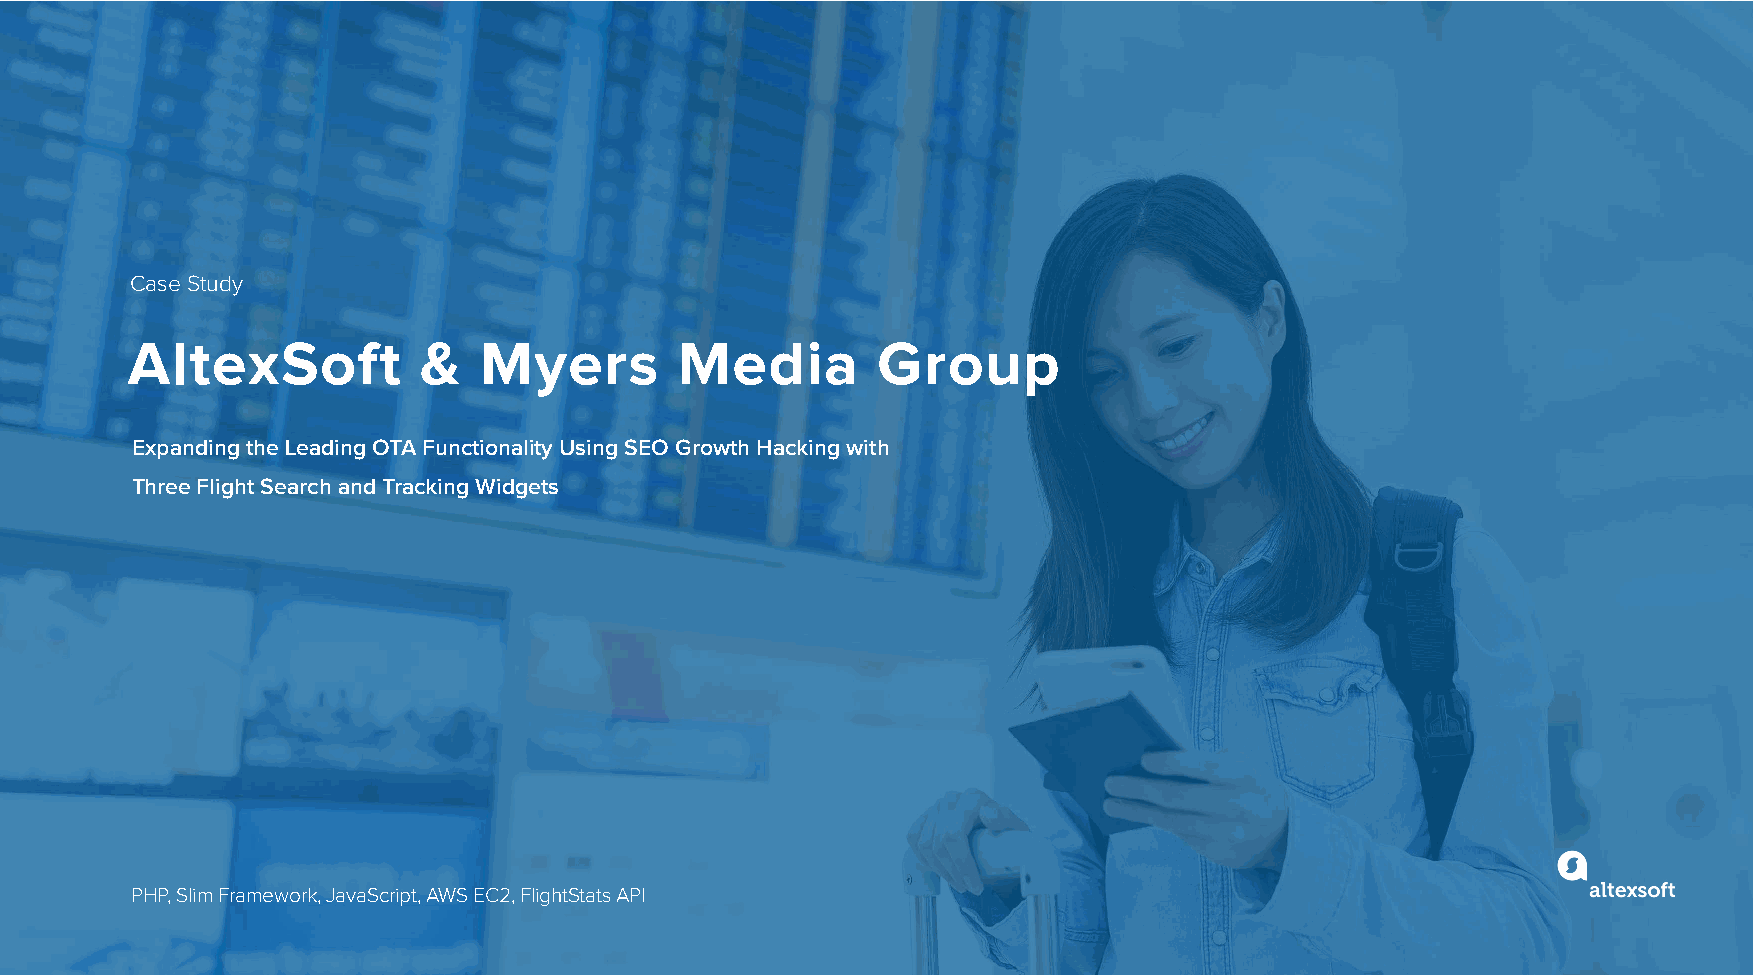
Case Study
 AltexSoft           &   Myers        Media        Group
 Expanding the Leading OTA Functionality Using SEO Growth Hacking with
 Three Flight Search and Tracking Widgets
 PHP, Slim Framework, JavaScript, AWS EC2, FlightStats API